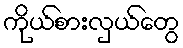
ကိုယ်စားလှယ်တွေ